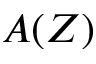
A ( Z )